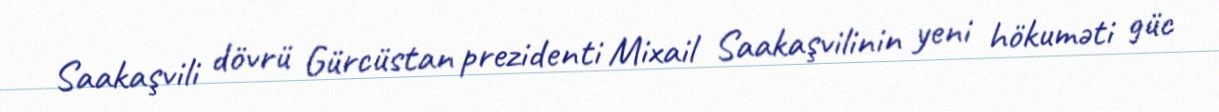
Saakaşvili dövrü Gürcüstan prezidenti Mixail Saakaşvilinin yeni hökuməti güc